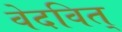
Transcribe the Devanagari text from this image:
वेदवित्